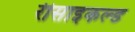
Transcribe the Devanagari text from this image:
रीसाइकल्ड